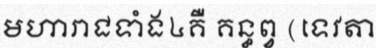
មហារាជទាំង៤គឺ គន្ធព្វ (ទេវតា